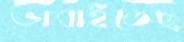
ভাবাইতেছ